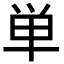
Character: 単